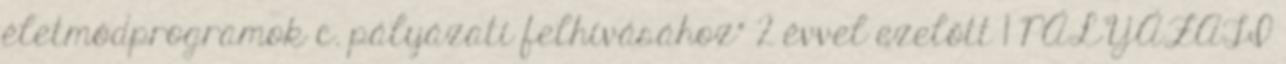
életmódprogramok c. pályázati felhívásához" 2 évvel ezelőtt 1 PÁLYÁZATI